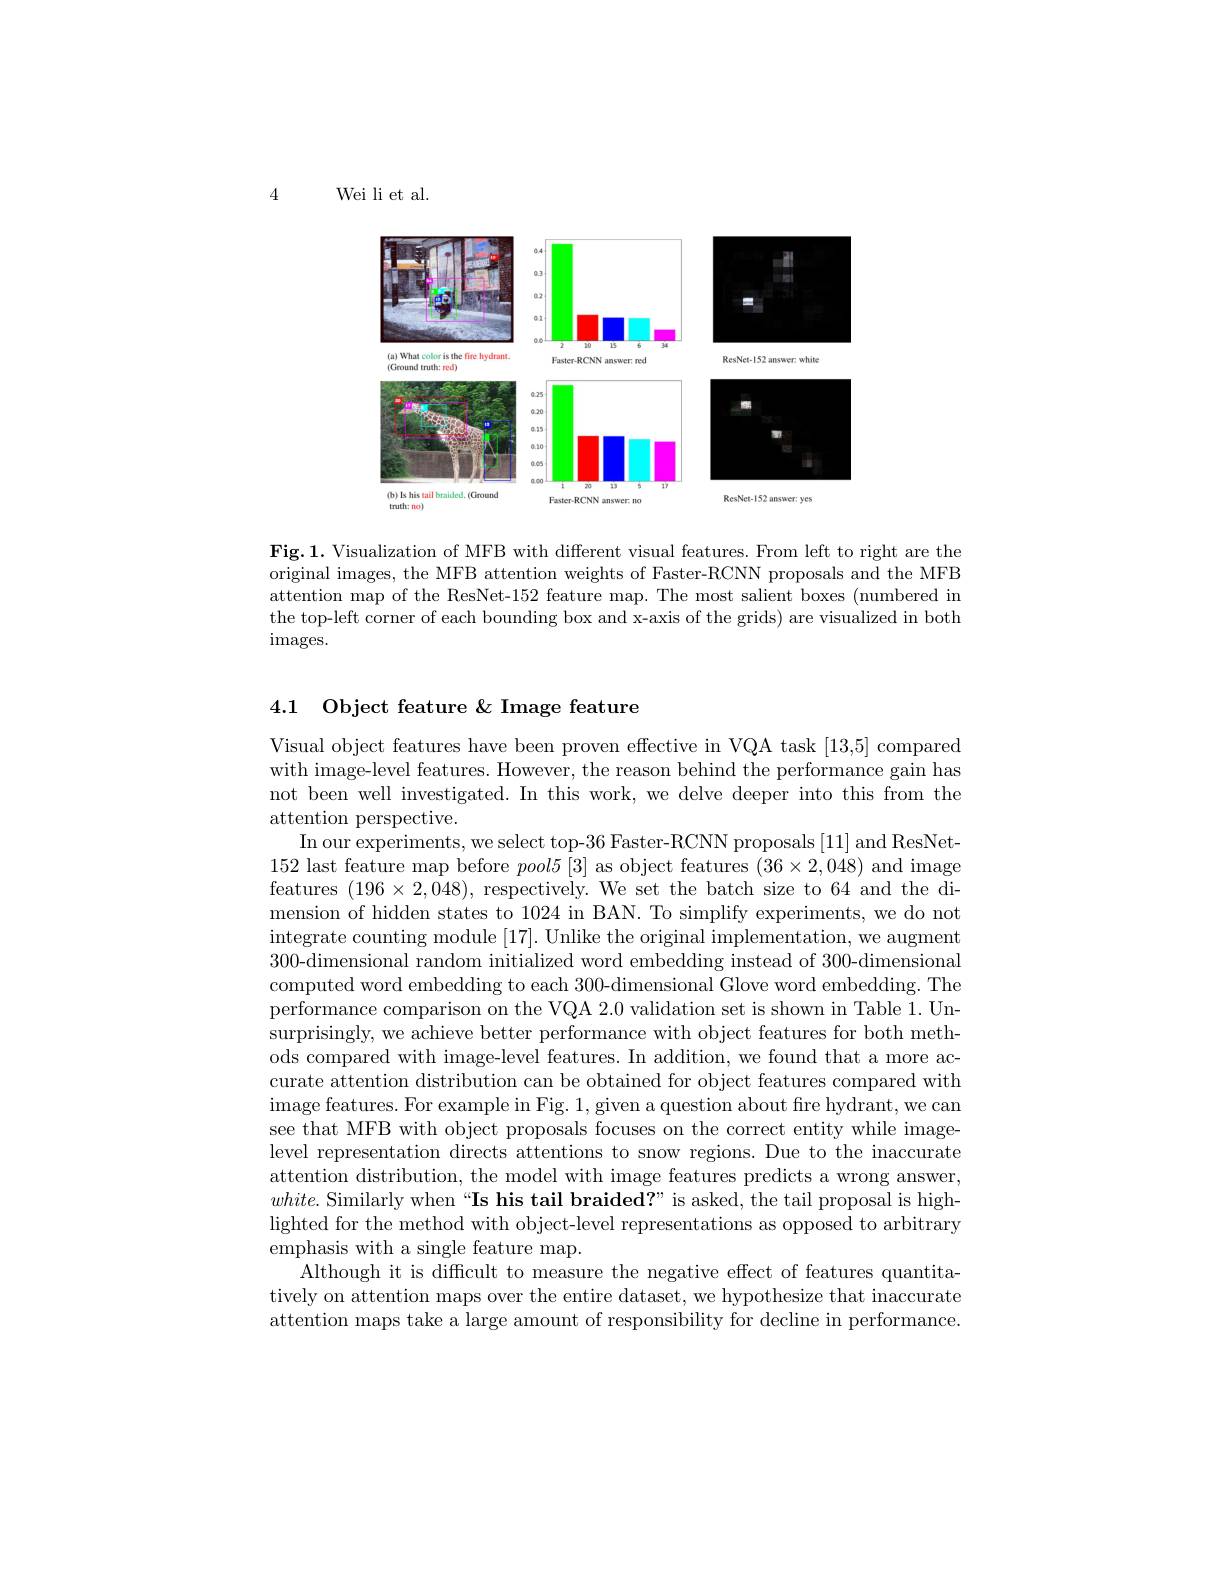
4

Wei li et al.

<FigureHere>

Fig.1. Visualization of MFB with different visual features. From left to right are the original images, the MFB attention weights of Faster-RCNN proposals and the MFB attention map of the ResNet-152 feature map. The most salient boxes (numbered in the top-left corner of each bounding box and x-axis of the grids) are visualized in both images.

4.1 Object feature & Image feature

Visual object features have been proven effective in VQA task [13,5] compared with image-level features. However, the reason behind the performance gain has not been well investigated. In this work, we delve deeper into this from the attention perspective.
In our experiments, we select top-36 Faster-RCNN proposals [11] and ResNet- 152 last feature map before $pool5[3]$ as object features $(36\times2,048)$ and image features $(196\times2,048)$, respectively. We set the batch size to 64 and the dimension of hidden states to 1024 in BAN. To simplify experiments, we do not integrate counting module [17]. Unlike the original implementation, we augment 300-dimensional random initialized word embedding instead of 300-dimensional computed word embedding to each 300-dimensional Glove word embedding. The performance comparison on the VQA 2.0 validation set is shown in Table 1. Unsurprisingly, we achieve better performance with object features for both methods compared with image-level features. In addition, we found that a more accurate attention distribution can be obtained for object features compared with image features. For example in Fig. 1, given a question about fire hydrant, we can see that MFB with object proposals focuses on the correct entity while imagelevel representation directs attentions to snow regions. Due to the inaccurate attention distribution, the model with image features predicts a wrong answer, $white.$ Similarly when“Is his tail braided?” is asked, the tail proposal is highlighted for the method with object-level representations as opposed to arbitrary emphasis with a single feature map.
Although it is difficult to measure the negative effect of features quantitatively on attention maps over the entire dataset, we hypothesize that inaccurate attention maps take a large amount of responsibility for decline in performance